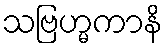
သဗြဟ္မကာနိ